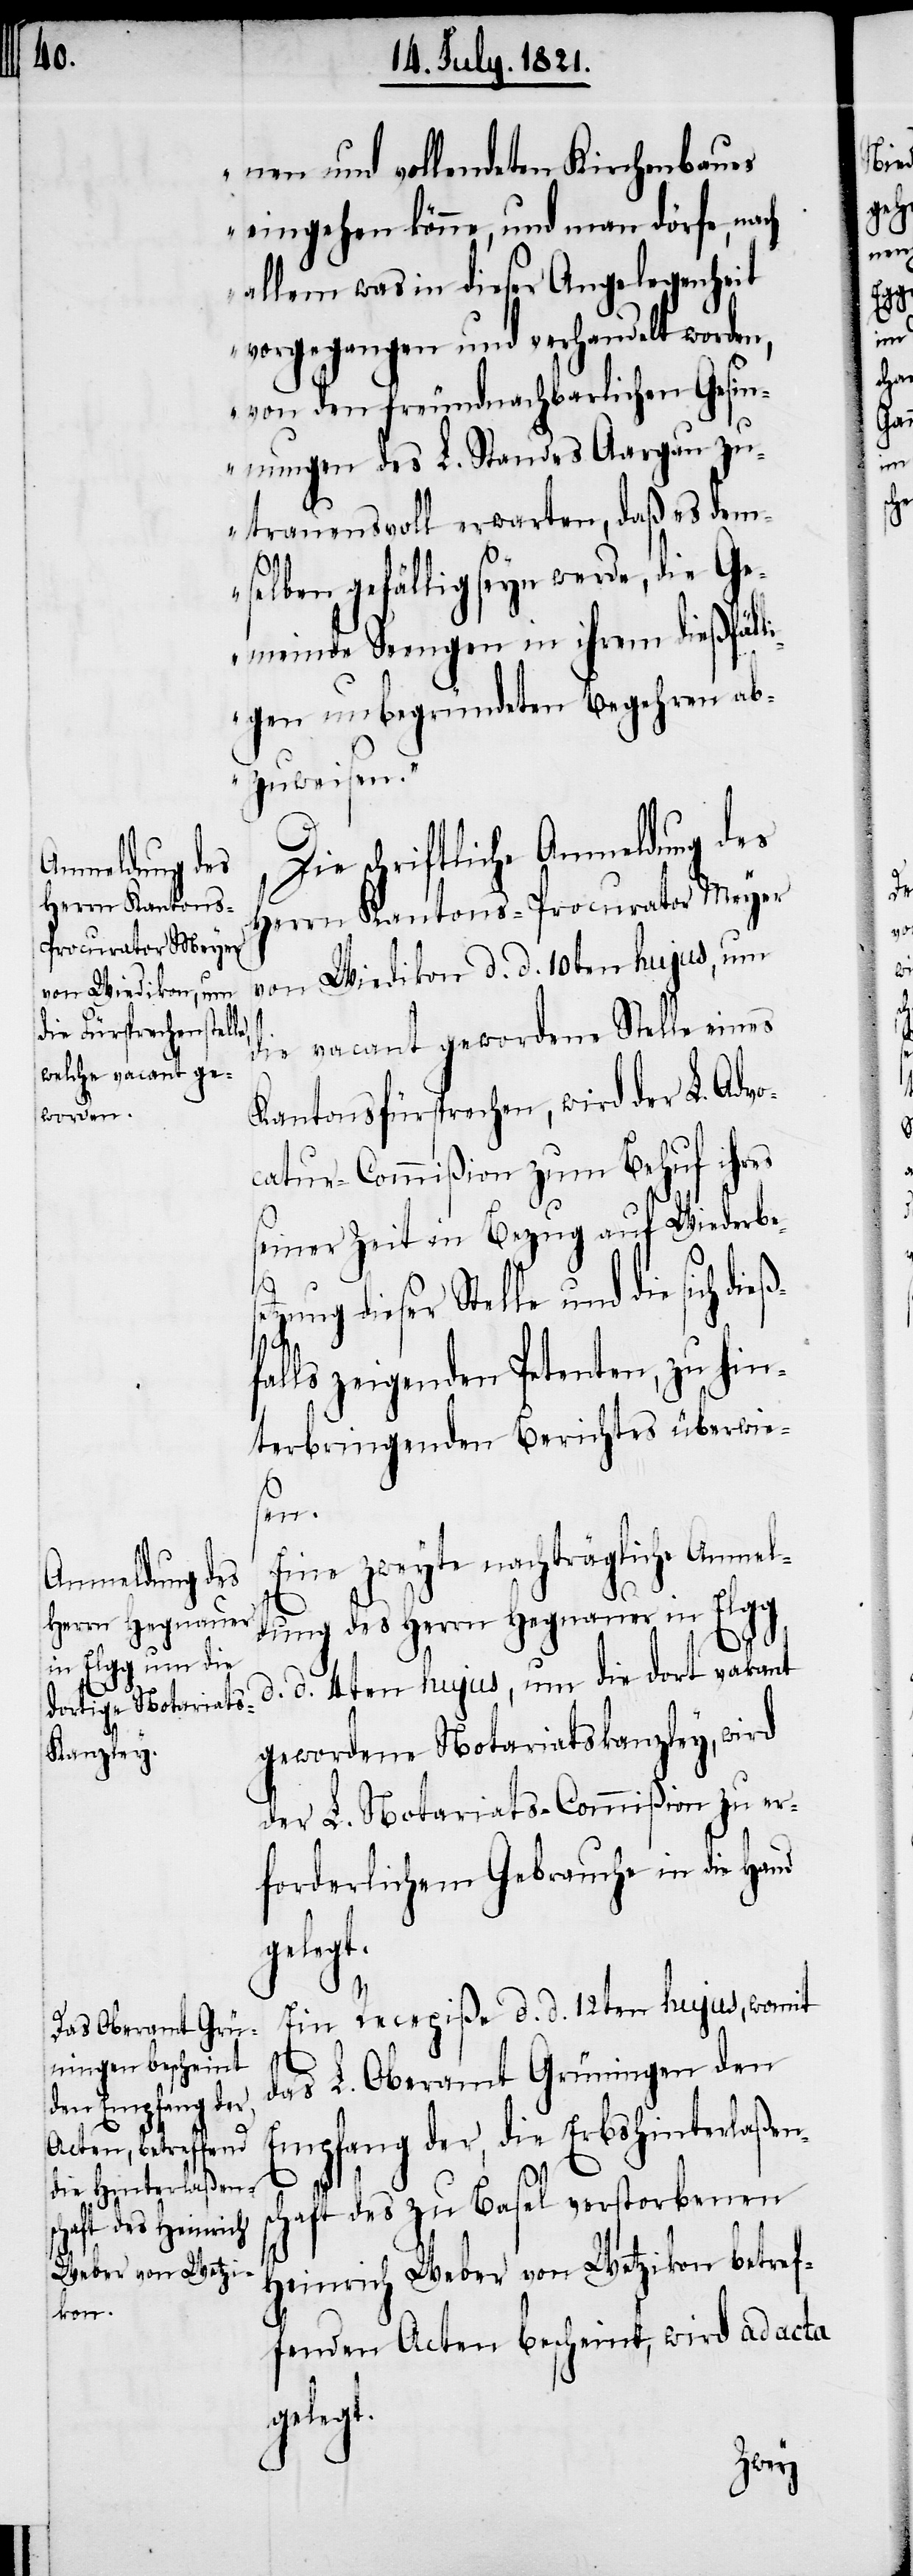
nen und vollendeten Kirchenbaues
eingehen könne, und man dörfe, nach
allem was in dieser Angelegenheit
vorgegangen und verhandelt worden,
von den freundnachbarlichen Gesin¬
nungen des L. Standes Aargau zu¬
trauensvoll erwarten, daß es dem¬
s¬
selben gefällig seyn werde, die Ge¬
meinde Seengen in ihrem dießfäll¬
igen unbegründeten Begehren ab¬
zuweisen.“
Die schriftliche Anmeldung des
Herrn Kantons-Procurator Meyer
von Wiedikon d. d. 10ten hujus, um
die vacant gewordene Stelle eines
Kantonsfürsprechen, wird der L. Advo¬
catur-Commißion zum Behuf ihres
seiner Zeit in Bezug auf Wiederbese¬
tzung dieser Stelle und die sich
alls zeigenden Petenten, zu hin¬
terbringenden Berichtes überwies¬
en.
Eine zweyte nachträgliche Anmeld¬
ung des Herrn Hegnauer in Elgg
d. d. 4ten hujus, um die dort vacant
gewordene Notariatskanzley, wird
der L. Notariats-Commißion zu er¬
forderlichem Gebrauche in die Hand
gelegt.
Ein Recepiße d. d. 12ten hujus, womit
das L. Oberamt Grüningen den
Empfang der, die Erbshinterlaßen¬
chaft des zu Basel verstorbenen
Heinrich Weber von Wetzikon betref¬
fenden Acten bescheint, wird ad acta
gelegt.